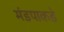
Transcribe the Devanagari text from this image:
मंडपाकडे